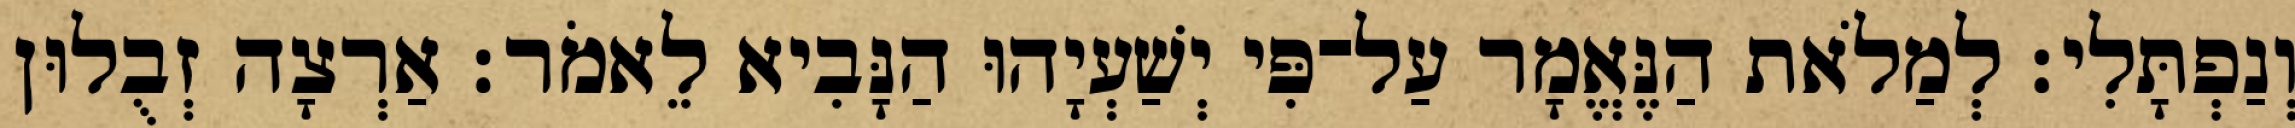
וְנַפְתָּלִי׃ לְמַלֹאת הַנֶּאֱמָר עַל־פִּי יְשַׁעְיָהוּ הַנָּבִיא לֵאמֹר׃ אַרְצָה זְבֻלוּן